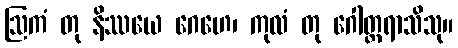
ဩကံ တု နိဿယေ ဂေဟေ၊ ကုလံ တု ဂေါတ္တရာသိသု။